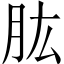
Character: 肱